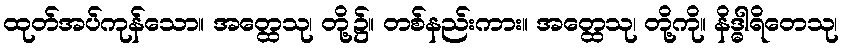
ထုတ်အပ်ကုန်သော။ အတ္ထေသု၊ တို့၌။ တစ်နည်းကား။ အတ္ထေသု၊ တို့ကို။ နိဒ္ဓါရိတေသု၊